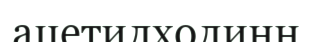
ацетилхолинн